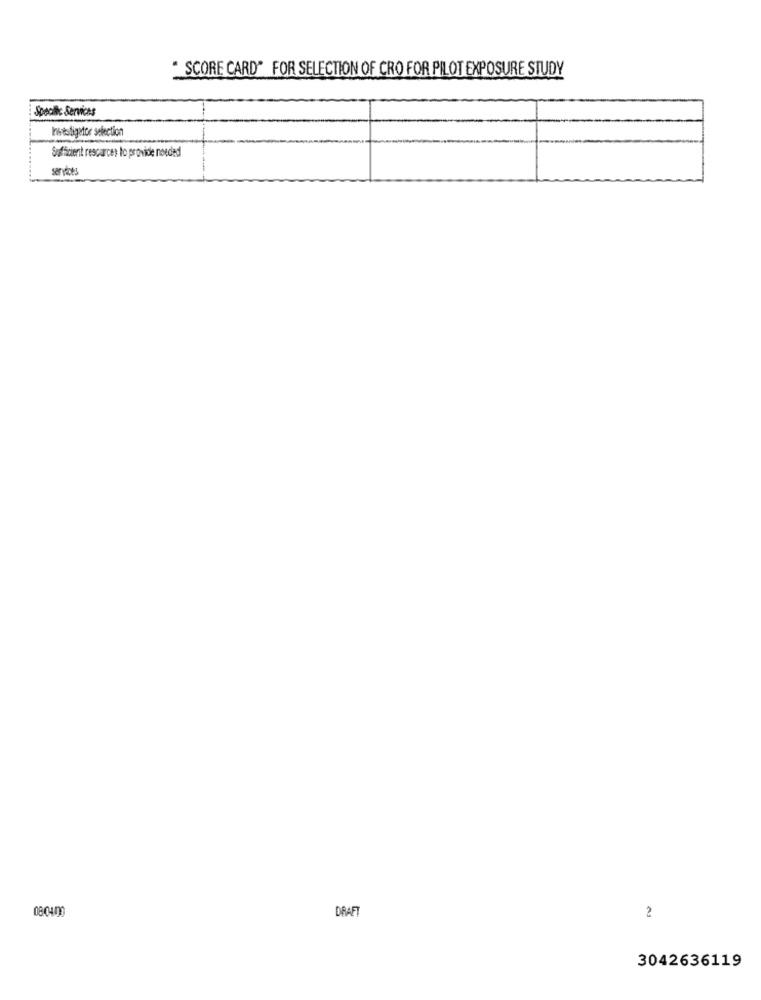
* SCORE CARD" FOR SELECTION OF CRO FOR PILOT EXPOSURE STUDY
Specific Services
Invitodigator selection
Suficient rescarce: to provide needed
services
08:0400
DRAF
2
3042636119